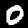
Label: 0